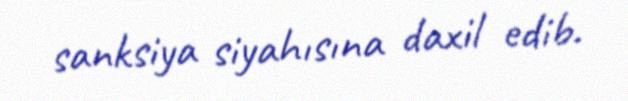
sanksiya siyahısına daxil edib.